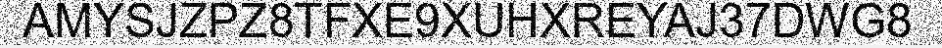
AMYSJZPZ8TFXE9XUHXREYAJ37DWG8